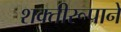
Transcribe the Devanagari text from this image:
शक्तीरूपाने